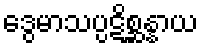
ဒွေမာသပ္ပဋိစ္ဆန္နာယ